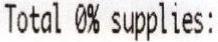
TOTAL 0% SUPPLIES: